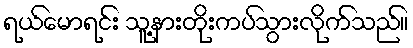
ရယ်မောရင်း သူ့နားတိုးကပ်သွားလိုက်သည်။